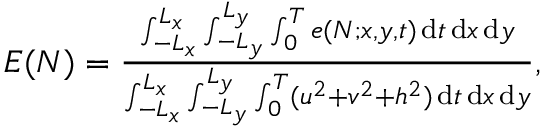
\begin{array} { r } { E ( N ) = \frac { \int _ { - L _ { x } } ^ { L _ { x } } \int _ { - L _ { y } } ^ { L _ { y } } \int _ { 0 } ^ { T } e ( N ; x , y , t ) \, \mathrm { d } t \, \mathrm { d } x \, \mathrm { d } y } { \int _ { - L _ { x } } ^ { L _ { x } } \int _ { - L _ { y } } ^ { L _ { y } } \int _ { 0 } ^ { T } ( u ^ { 2 } + v ^ { 2 } + h ^ { 2 } ) \, \mathrm { d } t \, \mathrm { d } x \, \mathrm { d } y } , } \end{array}